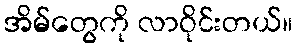
အိမ်တွေကို လာဝိုင်းတယ်။